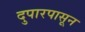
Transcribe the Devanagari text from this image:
दुपारपासून